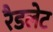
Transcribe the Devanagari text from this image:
रैडलेट